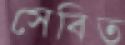
সেবিত